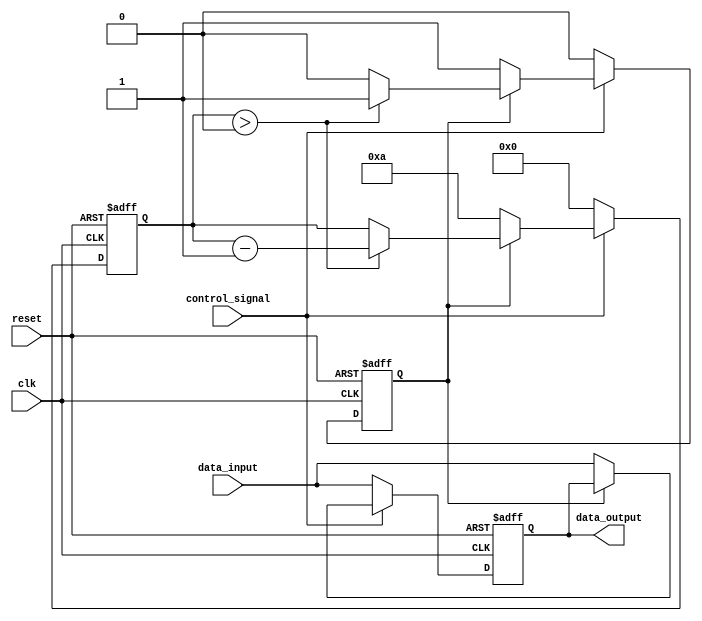
module hold_condition (
    input wire clk,                // Clock signal
    input wire reset,              // Reset signal
    input wire control_signal,      // Control signal to enable hold condition
    input wire data_input,         // Primary data input
    output reg data_output         // Data output
);

    // State variable to indicate if we are in hold state
    reg hold_state;
    
    // Timing parameter for hold duration (in clock cycles)
    parameter HOLD_DURATION = 10; // Change this to set the duration

    // Internal counter for hold duration
    reg [3:0] hold_counter; // Assuming max hold duration fits in 4 bits

    always @(posedge clk or posedge reset) begin
        if (reset) begin
            data_output <= 0;        // Clear output on reset
            hold_state <= 0;         // Clear hold state
            hold_counter <= 0;        // Clear hold counter
        end else begin
            if (control_signal) begin
                if (!hold_state) begin
                    // Capture the data input when entering hold state
                    data_output <= data_input;
                    hold_state <= 1; // Set hold state
                    hold_counter <= HOLD_DURATION; // Initialize counter
                end else if (hold_counter > 0) begin
                    // Decrement hold counter while in hold state
                    hold_counter <= hold_counter - 1;
                end else begin
                    // Hold duration expired, reset hold state
                    hold_state <= 0;
                end
            end else begin
                // If control signal is inactive, follow data input
                data_output <= data_input;
                hold_state <= 0; // Exit hold state
                hold_counter <= 0; // Reset counter
            end
        end
    end

endmodule